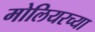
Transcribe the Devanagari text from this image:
मोलियरच्या